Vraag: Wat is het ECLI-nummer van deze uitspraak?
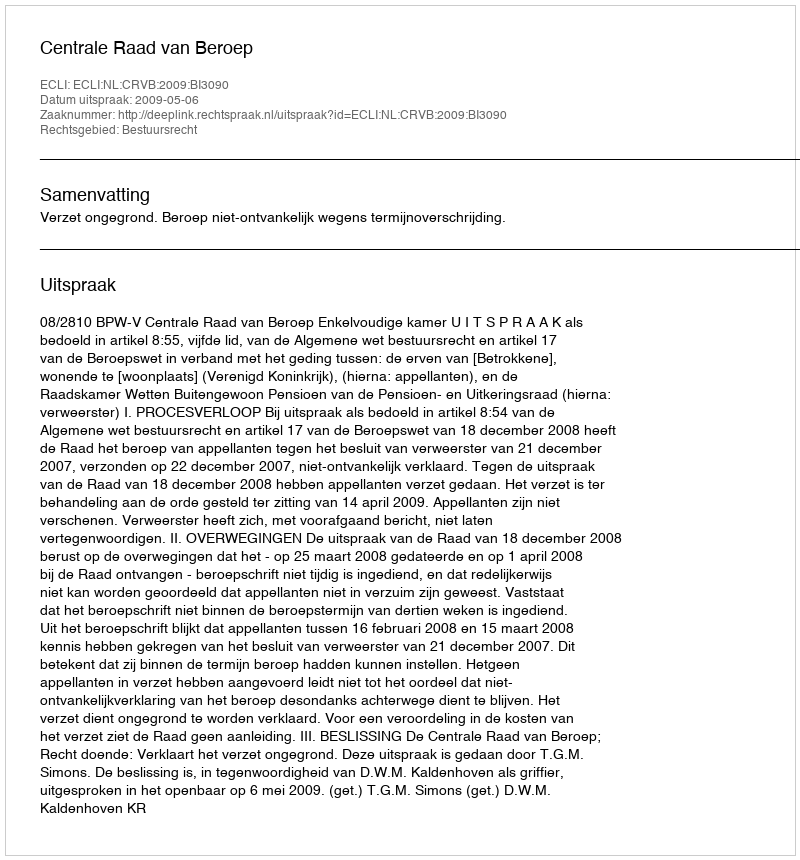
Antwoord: ECLI:NL:CRVB:2009:BI3090